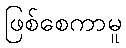
ဖြစ်စေကာမူ